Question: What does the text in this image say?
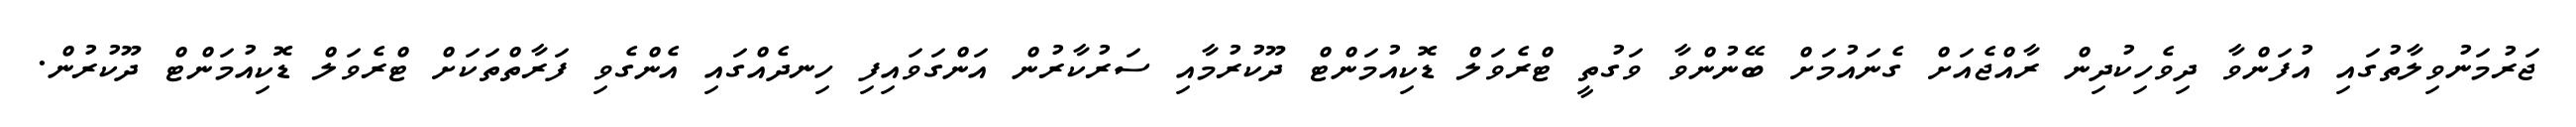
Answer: ޖަރުމަނުވިލާތުގައި އުފަންވާ ދިވެހިކުދިން ރާއްޖެއަށް ގެނައުމަށް ބޭނުންވާ ވަގުތީ ޓްރެވަލް ޑޮކިއުމަންޓް ދޫކުރުމާއި ސަރުކާރުން އަންގަވައިފި ހިނދެއްގައި އެންގެވި ފަރާތްތަކަށް ޓްރެވަލް ޑޮކިއުމަންޓް ދޫކުރުން.